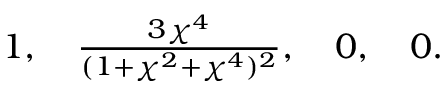
\textstyle 1 , \quad \frac { 3 \chi ^ { 4 } } { ( 1 + \chi ^ { 2 } + \chi ^ { 4 } ) ^ { 2 } } , \quad 0 , \quad 0 .